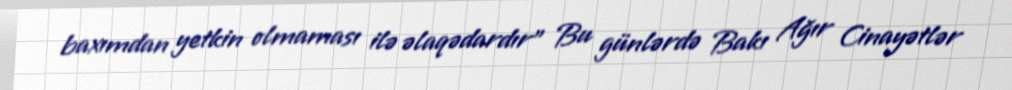
baxımdan yetkin olmaması ilə əlaqədardır” Bu günlərdə Bakı Ağır Cinayətlər